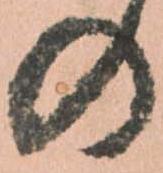
の